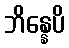
ဘိန္နေပိ